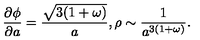
\frac { \partial \phi } { \partial a } = \frac { \sqrt { 3 ( 1 + \omega ) } } { a } , \rho \sim \frac { 1 } { a ^ { 3 ( 1 + \omega ) } } .